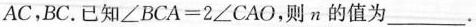
AC，BC.已知$$∠ B C A = 2 ∠ C A O$$，则n的值为_____.